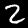
Digit: 2